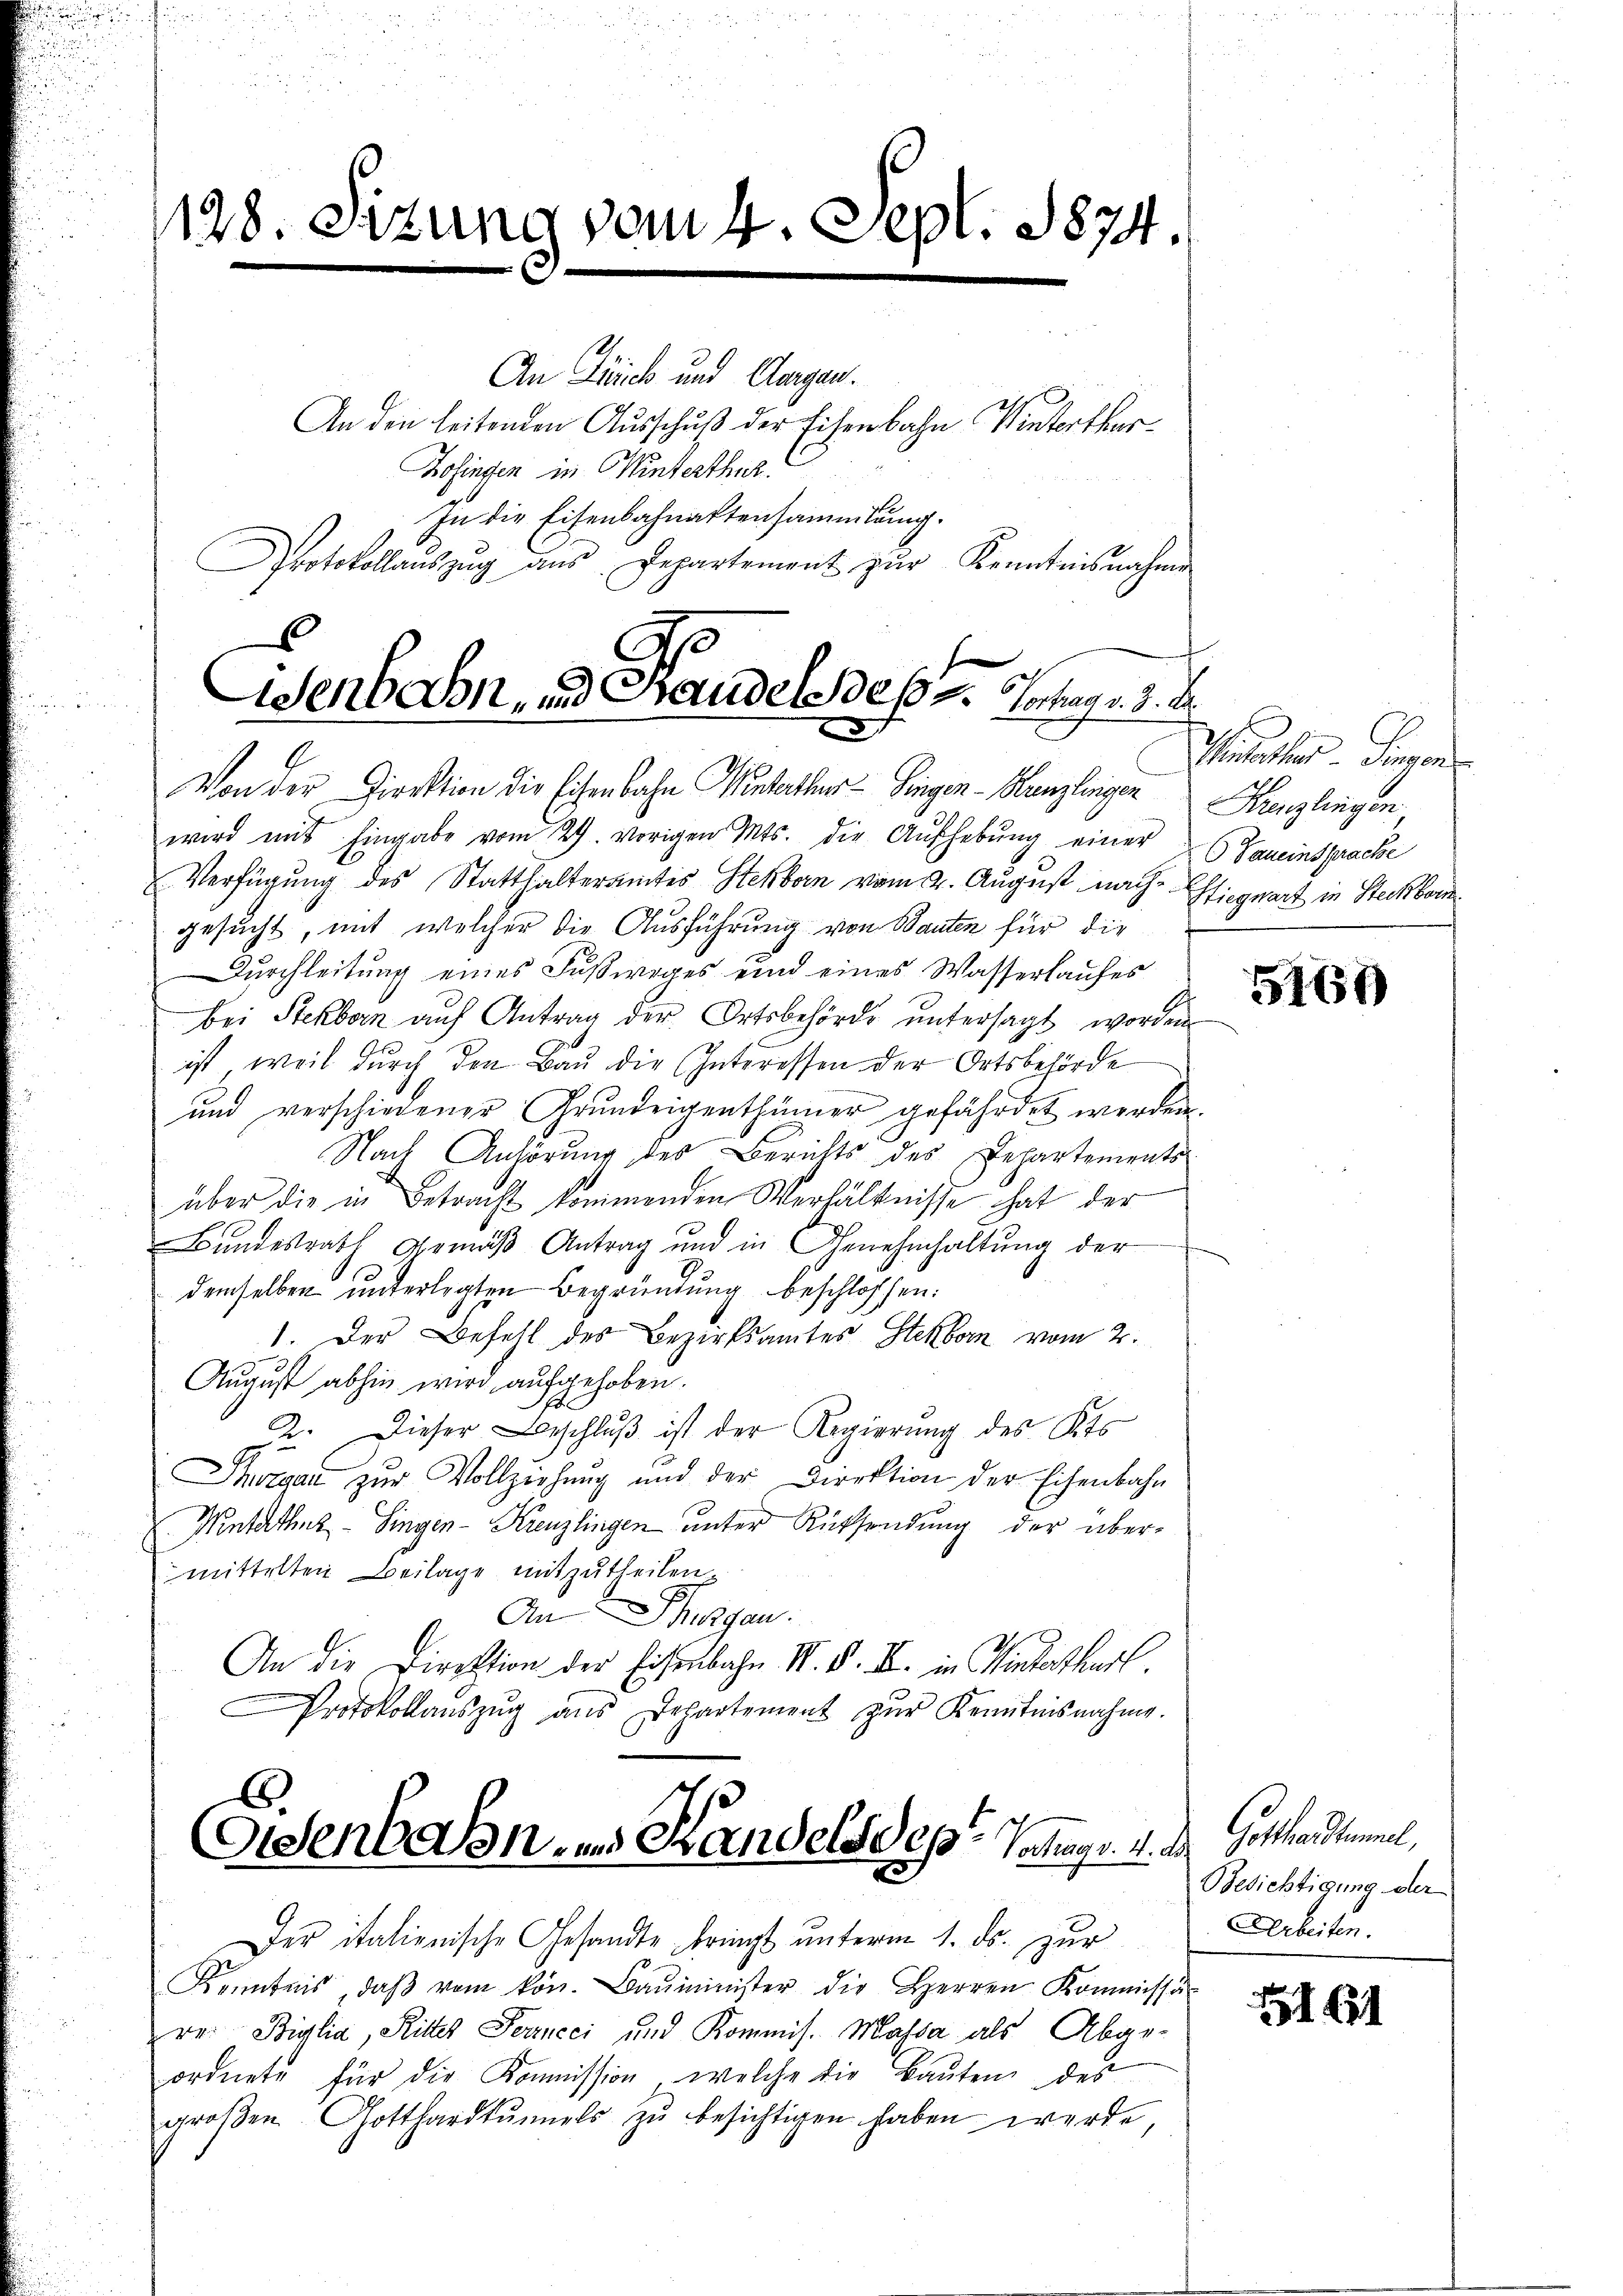
128. Sizung vom 4. Sept. 1874.

An Zürich und Aargau.
An den leitenden Ausschuß der Eisenbahn Winterthur¬
Zofingen in Winterthur.
In die Eisenbahnattensammlung.
Protokollaŭszŭg aŭs Departement zŭr Kenntnisnahme
E

Wsenbahn, und Bandels des 2. Verhag v. 3. A
5

Von der Direktion die Eisenbahn Winterthur–Singen - Kanzlingen Fenzlingen,
wird mit Eingabe vom 29. vorigen Mts. die Aŭfhebŭng einer Gemeinsprache
Verfügung des Statthalteramtes Steckborn vom 4. August nach Einquart in Steckborn
gesucht, mit welcher die Ausführung von Bauten für die
Durchleitung eines Fußweges eind eines Wasserlaufes
bei Steckborn auf Antrag der Ortsbehörde untersagt worden
ist, weil durch den Bau die Interessen der Ortsbehörde
und verschiedener Grundeigenthümer gefährdet werden.
Nach Anhörung des Berichts des Departements-
über die in Betracht kommenden Verhältnisse hat der
Bundesrath Gemäß Antrag und in Genehmhaltung der
demselben unterlegten Begründung beschlossen:
1. Der Befehl des Bezirksamtes Steckborn vom 2.
August abhin wird aufgehoben.
2. Dieser Beschlŭβ ist der Regierung des Kts
Thurgau zur Vollziehung und der Direktion der Eisenbahn
V. Winterthur–Singen-Kreuzlingen ŭnter Rücksendung der über-
mittelten Beilage mitzutheilen.
An Thurgau.
An die Direktion der Eisenbahn IV. d. II. in Hinterthurt.
Protokollaŭszŭg aŭs Departement zŭr Kenntnisnahme.

Eisenbahn- und Handels des Vortrage 4. d.

Der italienische Gesandte bringt unterm 1. ds. zur
Kenntnis, daβ vom kön. Baŭminister die Herren Kommissa-
re: Biglia, Ritter Ferneci und Kommis. Massa als Abge-
ordnete für die Kommission, welche die Bauten des
groβen Gotthardtunnels zŭ besichtigen haben werde,

Guartier Jungen

51609

Gothan stummel,
Besichtigung der
Arbeiten.

161